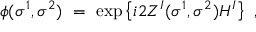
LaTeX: \phi ( \sigma ^ { 1 } , \sigma ^ { 2 } ) \ = \ \exp \left\{ i 2 Z ^ { I } ( \sigma ^ { 1 } , \sigma ^ { 2 } ) H ^ { I } \right\} \ ,